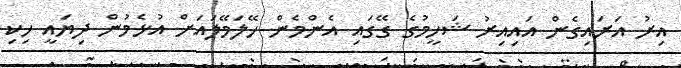
އިރު އަރައިގެން އައިއިރު ޝަހީމުގެ ގޭގައި އެންމެން ހޭލަމޭލައަށް އުޅެމުން ދިޔައީ ހިކި